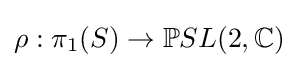
\rho :\pi _{1}(S)\to \mathbb {P} SL(2,\mathbb {C} )